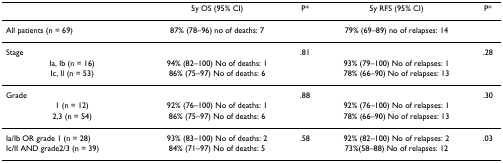
|  | 5y OS (95% CI) | P* | 5y RFS (95% CI) | P* |
 | --- | --- | --- | --- | --- |
 | All patients (n = 69) | 87% (78–96) no of deaths: 7 |  | 79% (69–89) no of relapses: 14 |  |
 | Stage |  | .81 |  | .28 |
 | Ia, Ib (n = 16) | 94% (82–100) No of deaths: 1 |  | 93% (79–100) No of relapses: 1 |  |
 | Ic, II (n = 53) | 86% (75–97) No of deaths: 6 |  | 78% (66–90) No of relapses: 13 |  |
 | Grade |  | .88 |  | .30 |
 | 1 (n = 12) | 92% (76–100) No of deaths: 1 |  | 92% (76–100) No of relapses: 1 |  |
 | 2,3 (n = 54) | 86% (75–97) No of deaths: 6 |  | 78% (66–90) No of relapses: 13 |  |
 | Ia/Ib OR grade 1 (n = 28) | 93% (83–100) No of deaths: 2 | .58 | 92% (82–100) No of relapses: 2 | .03 |
 | Ic/II AND grade2/3 (n = 39) | 84% (71–97) No of deaths: 5 |  | 73%(58–88) No of relapses: 12 |  |